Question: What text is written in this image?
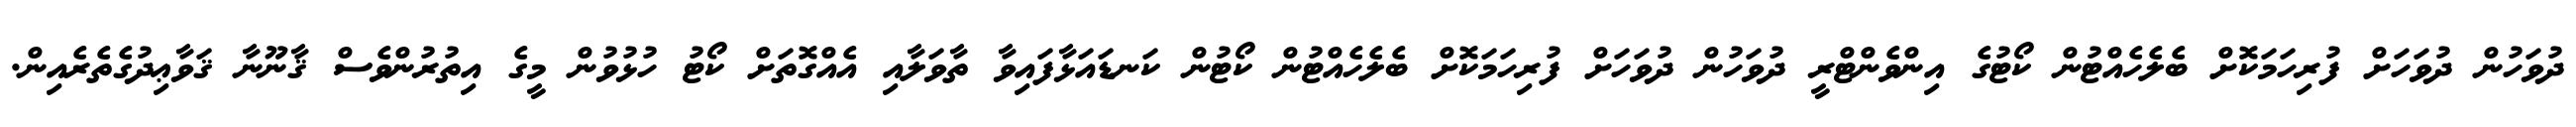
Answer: ދުވަހުން ދުވަހަށް ފުރިހަމަކޮށް ބެލެހެއްޓުން ކޯޓުގެ އިންވެންޓްރީ ދުވަހުން ދުވަހަށް ފުރިހަމަކޮށް ބެލެހެއްޓުން ކޯޓުން ކަނޑައަޅާފައިވާ ތާވަލާއި އެއްގޮތަށް ކޯޓު ހުޅުވުން މީގެ އިތުރުންވެސް ޤާނޫނާ ޤަވާޢިދުގެތެރެއިން.